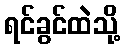
ရင်ခွင်ထဲသို့